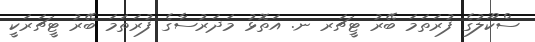
ސްކޫލުގެ ފުރަތަމަ ބޭރު ޓީޗަރ ނ. އަތޮޅު މަދަރުސާގެ ފުރަތަމަ ބޭރު ޓީޗަރަކީ